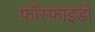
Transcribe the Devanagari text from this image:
फ़ॉस्फ़ाइडो